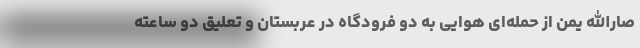
صارالله یمن از حمله‌ای هوایی به دو فرودگاه در عربستان و تعلیق دو ساعته